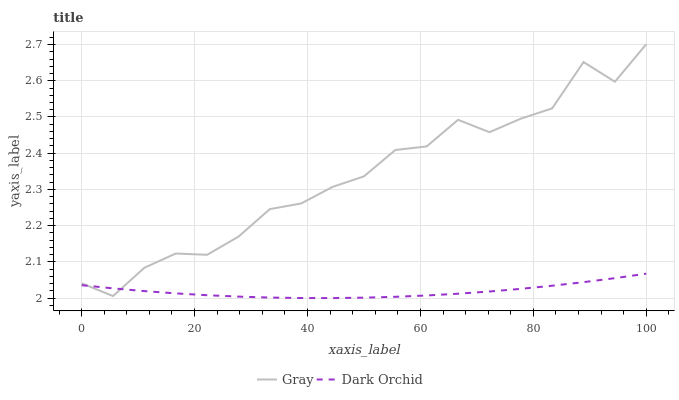
| xaxis_label | Gray | Dark Orchid |
 | --- | --- | --- |
 | 0 | 2.04 | 2.04 |
 | 5.56 | 2.01 | 2.03 |
 | 11.1 | 2.08 | 2.02 |
 | 16.7 | 2.12 | 2.01 |
 | 22.2 | 2.12 | 2.01 |
 | 27.8 | 2.17 | 2 |
 | 33.3 | 2.25 | 2 |
 | 38.9 | 2.26 | 2 |
 | 44.4 | 2.31 | 2 |
 | 50 | 2.34 | 2 |
 | 55.6 | 2.41 | 2 |
 | 61.1 | 2.42 | 2.01 |
 | 66.7 | 2.49 | 2.01 |
 | 72.2 | 2.46 | 2.02 |
 | 77.8 | 2.5 | 2.03 |
 | 83.3 | 2.52 | 2.03 |
 | 88.9 | 2.65 | 2.04 |
 | 94.4 | 2.6 | 2.06 |
 | 100 | 2.7 | 2.07 |